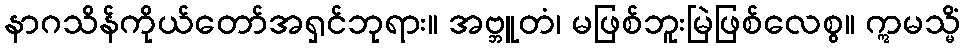
နာဂသိန်ကိုယ်တော်အရှင်ဘုရား။ အဗ္ဘူတံ၊ မဖြစ်ဘူးမြဲဖြစ်လေစွ။ ဣမသ္မိံ